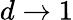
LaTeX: d\to 1